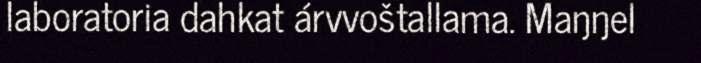
laboratoria dahkat árvvoštallama. Maŋŋel